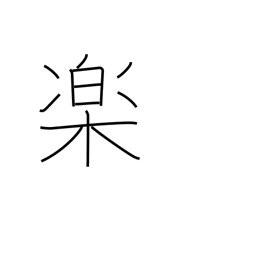
Meaning: comfort